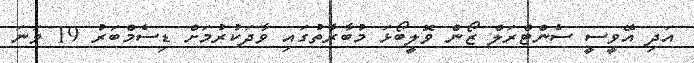
އަދި އޭވީސީ ސެންޓްރަލް ޒޯން ވޮލީބޯޅަ މުބާރާތުގައި ވާދަކުރުމަށް ޑިސެމްބަރު 19 ވަނަ